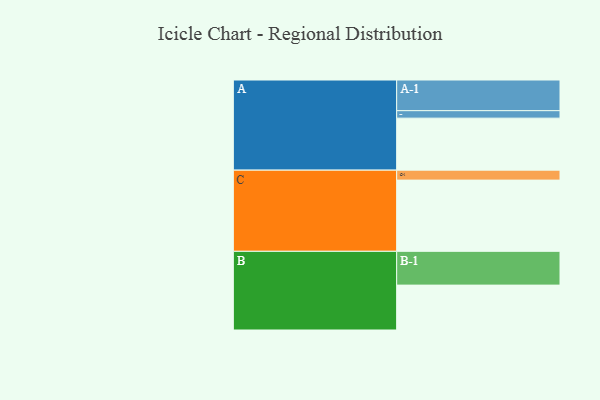
{"axis": {"x": "Segment", "y": "Value"}, "legend": ["", "A", "B", "C"], "data": [{"x": "A", "y": 417, "type": ""}, {"x": "B", "y": 360, "type": ""}, {"x": "C", "y": 571, "type": ""}, {"x": "A-1", "y": 246, "type": "A"}, {"x": "A-2", "y": 60, "type": "A"}, {"x": "B-1", "y": 271, "type": "B"}, {"x": "C-1", "y": 80, "type": "C"}]}